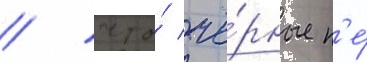
/ что́ чё́рные н'е́